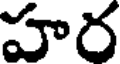
హర